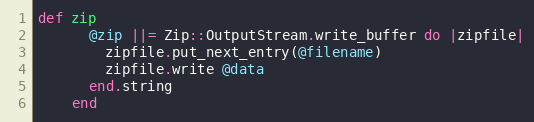
Language: Ruby
def zip
      @zip ||= Zip::OutputStream.write_buffer do |zipfile|
        zipfile.put_next_entry(@filename)
        zipfile.write @data
      end.string
    end